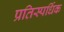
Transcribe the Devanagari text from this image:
प्रतिस्पर्धिक